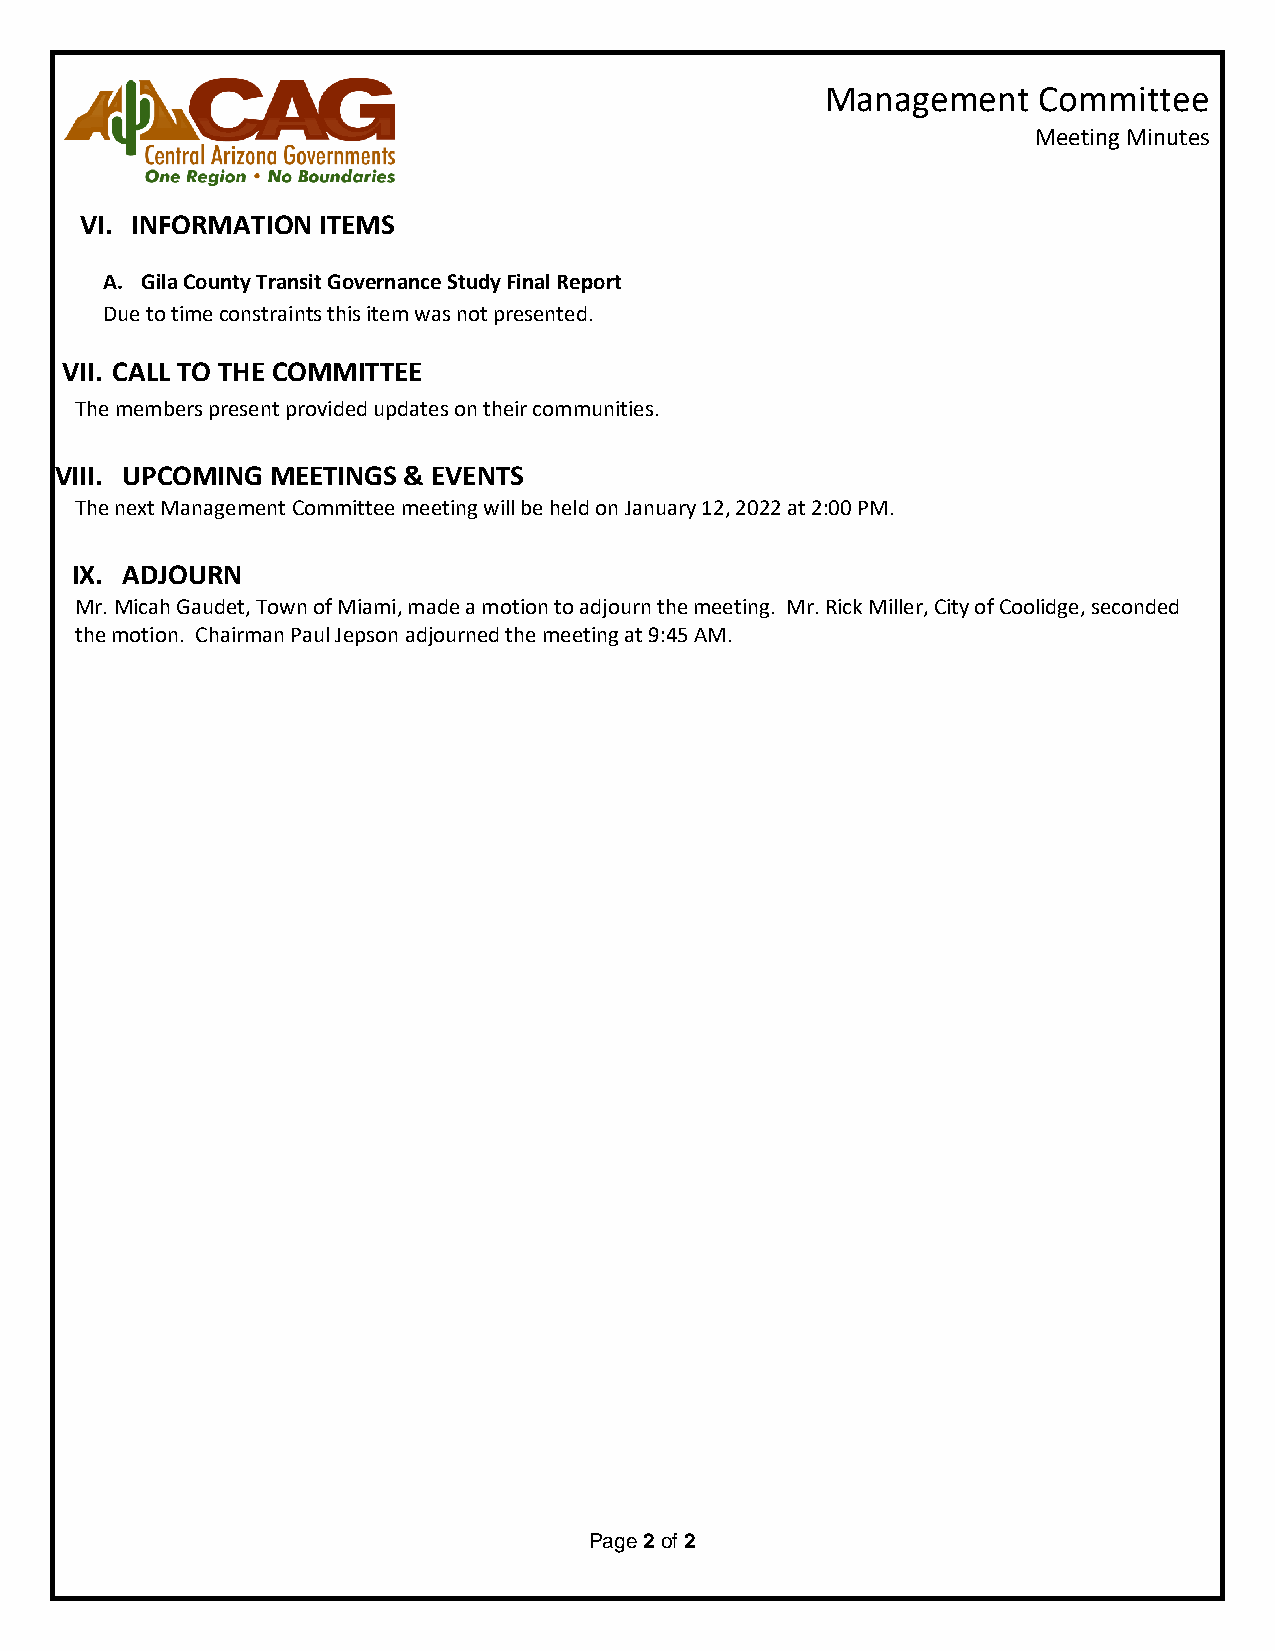
Management    Committee
 Meeting Minutes
 VI. INFORMATION ITEMS
 A. Gila County Transit Governance Study Final Report
 Due to time constraints this item was not presented.
 VII. CALL TO THE COMMITTEE
 The members present provided updates on their communities.
 VIII. UPCOMING MEETINGS & EVENTS
 The next Management Committee meeting will be held on January 12, 2022 at 2:00 PM.
 IX. ADJOURN
 Mr. Micah Gaudet, Town of Miami, made a motion to adjourn the meeting. Mr. Rick Miller, City of Coolidge, seconded
 the motion. Chairman Paul Jepson adjourned the meeting at 9:45 AM.
 Page 2 of 2